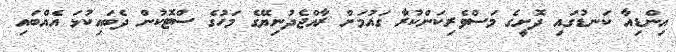
އިންޑިއާ ކަނޑުގައި ދޮށީގެ މަސްވެރިކަންކުރާ ގައުމަށް ރާއްޖެދުނިޔޭގެ މަހުގެ ސްޓޮކުން ދެބައިކުޅަ އެއްބައި